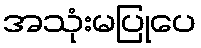
အသုံးမပြုပေ